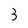
Character: 3